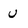
Character: u